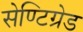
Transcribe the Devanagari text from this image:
सेण्टिग्रेड